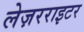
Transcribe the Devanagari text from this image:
लेज़रराइटर